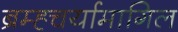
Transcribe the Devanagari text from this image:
ब्रम्ह्चर्यामागिल